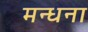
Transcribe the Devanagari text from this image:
मन्धना